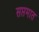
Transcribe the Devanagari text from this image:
सप्तमात